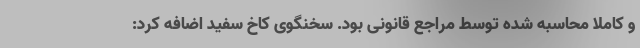
و کاملاً محاسبه شده توسط مراجع قانونی بود. سخنگوی کاخ سفید اضافه کرد: